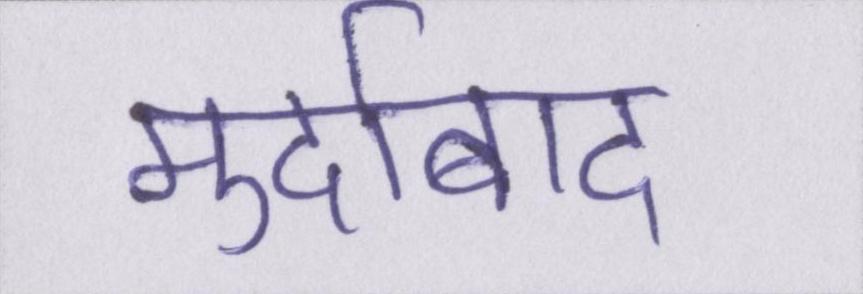
मुर्दाबाद